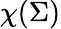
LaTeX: \chi(\Sigma)